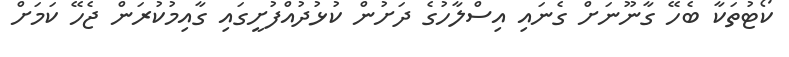
ކޯޓުތަކާ ބެހޭ ގާނޫނަށް ގެނައި އިސްލާހުގެ ދަށުން ކުޅުދުއްފުށީގައި ގާއިމުކުރަން ޖެހޭ ކަމަށް